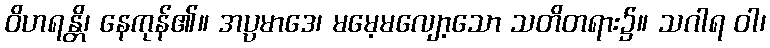
ဝိဟရန္တိ၊ နေကုန်၏။ အပ္ပမာဒေ၊ မမေ့မလျော့သော သတိတရား၌။ သဂါရ ဝါ၊